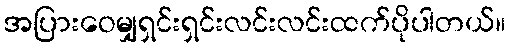
အပြားဝေမျှရှင်းရှင်းလင်းလင်းထက်ပိုပါတယ်။